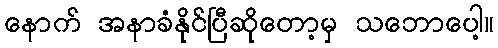
နောက် အနာခံနိုင်ပြီဆိုတော့မှ သဘောပေါ့။